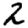
Digit: 2